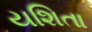
યશિતા